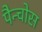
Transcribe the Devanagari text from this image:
पैन्चोस